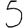
Digit: 5